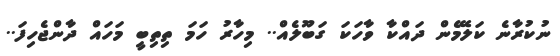
ނުކުރާނެ ކަލޭމެން ދައްކާ ވާހަކަ ގަބޫލެއް.. މިހާރު ހަމަ ތިތިބީ މަހައް ދާންޖެހިފަ..